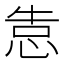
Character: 𰑣